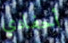
أحفادي